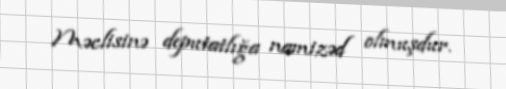
Məclisinə deputatlığa namizəd olmuşdur.